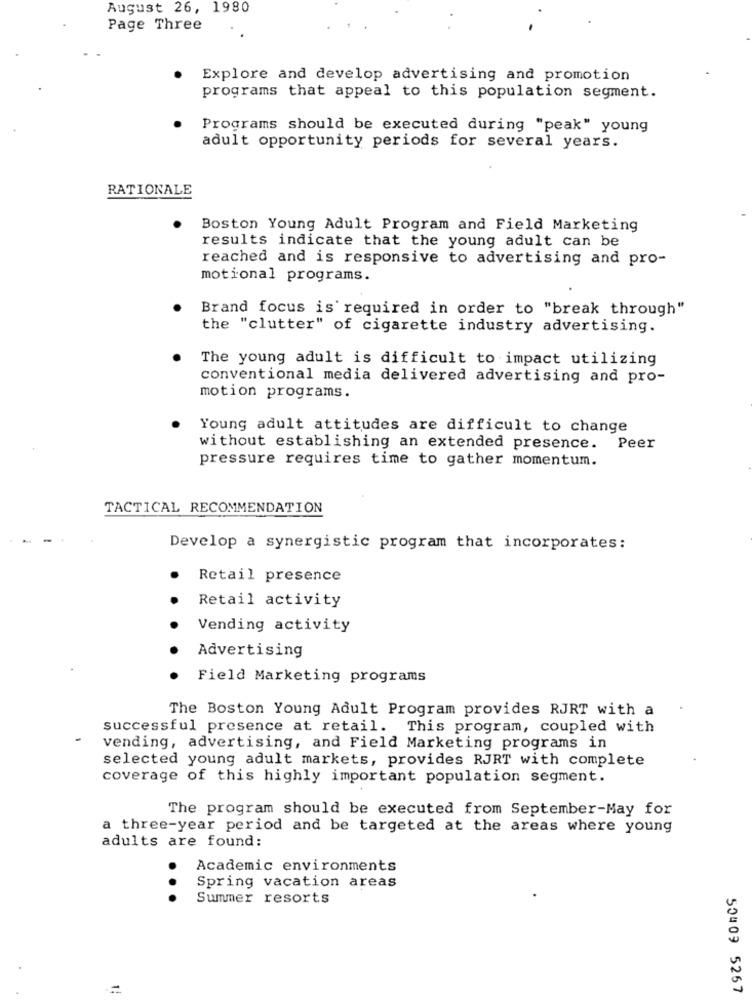
August 26, 1980
Page Three
Explore and develop advertising and promotion
programs that appeal to this population segment.
Programs should be executed during "peak" young
adult opportunity periods for several years.
RATIONALE
Boston Young Adult Program and Field Marketing
results indicate that the young adult can be
reached and is responsive to advertising and pro-
motional programs.
Brand focus is required in order to "break through"
the "clutter" of cigarette industry advertising.
The young adult is difficult to impact utilizing
conventional media delivered advertising and pro-
motion programs.
Young adult attitudes are difficult to change
without establishing an extended presence. Peer
pressure requires time to gather momentum.
TACTICAL RECOMMENDATION
Develop a synergistic program that incorporates:
Retail presence
Retail activity
Vending activity
Advertising
Field Marketing programs
The Boston Young Adult Program provides RJRT with a
successful presence at retail. This program, coupled with
vending, advertising, and Field Marketing programs in
selected young adult markets, provides RJRT with complete
coverage of this highly important population segment.
The program should be executed from September-May for
a three-year period and be targeted at the areas where young
adults are found:
Academic environments
..
Spring vacation areas
Summer resorts
50409 5267